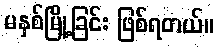
မနှစ်မြို့ခြင်း ဖြစ်ရတယ်။